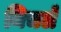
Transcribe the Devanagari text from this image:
निचले